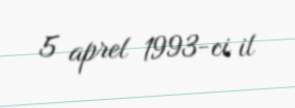
5 aprel 1993-ci il